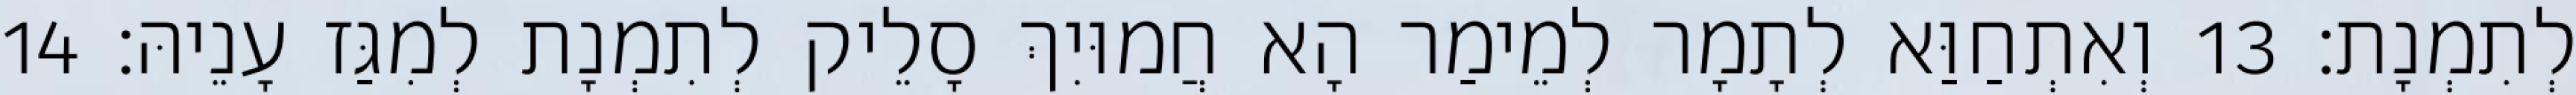
לְתִמְנָת׃ 13 וְאִתְחַוַּא לְתָמָר לְמֵימַר הָא חֲמוּיִךְ סָלֵיק לְתִמְנָת לְמִגַּז עָנֵיהּ׃ 14